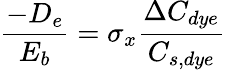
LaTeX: \frac{-D_{e}}{E_{b}}=\sigma_{x}\frac{\Delta C_{dye}}{C_{s,dye}}